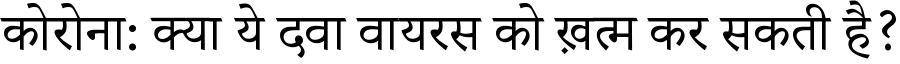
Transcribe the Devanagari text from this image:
कोरोना: क्या ये दवा वायरस को ख़त्म कर सकती है?